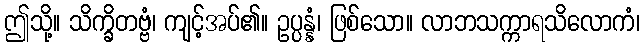
ဤသို့။ သိက္ခိတဗ္ဗံ၊ ကျင့်အပ်၏။ ဥပ္ပန္နံ၊ ဖြစ်သော။ လာဘသက္ကာရသိလောကံ၊